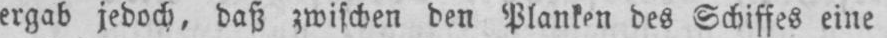
ergab jedoch, daß zwischen den Planken des Schiffes eine